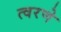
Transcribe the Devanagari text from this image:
त्वरणे